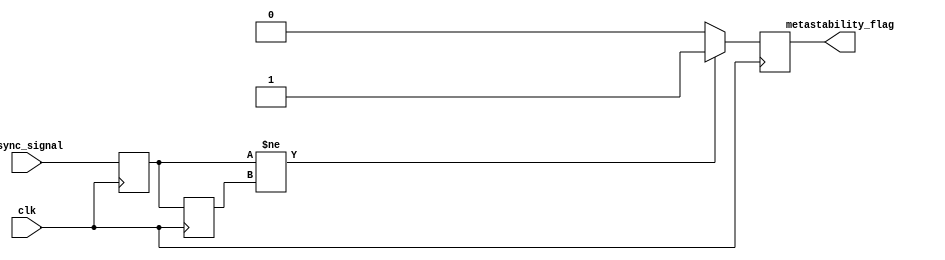
module metastability_detector (
    input wire clk,               // Clock signal
    input wire async_signal,      // Asynchronous input signal to monitor
    output reg metastability_flag  // Output indicator for metastability detection
);

    // Internal signals for latch outputs
    reg latch1_out;               // Output of the first latch (L1)
    reg latch2_out;               // Output of the second latch (L2)

    // First latch (L1) - captures the input signal on the rising edge of the clock
    always @(posedge clk) begin
        latch1_out <= async_signal; // Sample the asynchronous signal
    end

    // Second latch (L2) - captures the output of the first latch on the next clock edge
    always @(posedge clk) begin
        latch2_out <= latch1_out; // Sample the output of the first latch
    end

    // Metastability detection logic
    always @(posedge clk) begin
        // Check if the outputs of the two latches are different
        if (latch1_out != latch2_out) begin
            metastability_flag <= 1'b1; // Metastability detected
        end else begin
            metastability_flag <= 1'b0; // No metastability detected
        end
    end

endmodule